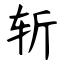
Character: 斩